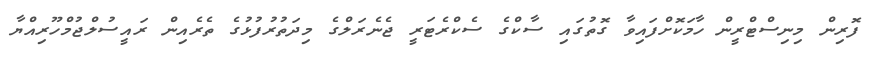
ފޮރިން މިނިސްޓްރީން ހާމަކޮށްފައިވާ ގޮތުގައި ސާކްގެ ސެކްރެޓަރީ ޖެނެރަލްގެ މިދަތުރުފުޅުގެ ތެރެއިން ރައީސުލްޖުމްހޫރިއްޔާ